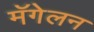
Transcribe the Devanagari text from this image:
मॅगेलन